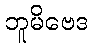
ဘူမိဗေဒ